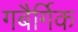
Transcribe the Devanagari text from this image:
गबैर्गिक